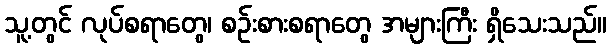
သူ့တွင် လုပ်စရာတွေ၊ စဉ်းစားစရာတွေ အများကြီး ရှိသေးသည်။